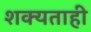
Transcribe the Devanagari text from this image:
शक्‍यताही